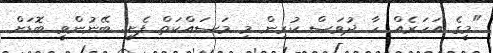
"މީގެ އަހަރެއް ހާ ދުވަސް ކުރިން މި މަސައްކަތް ފެށީ. ބޭނުންވީ ބޮޑަށް